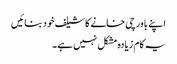
اپنے باورچی خانے کا شیلف خود بنائیں
یہ کام زیادہ مشکل نہیں ہے۔